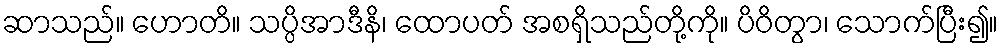
ဆာသည်။ ဟောတိ။ သပ္ပိအာဒီနိ၊ ထောပတ် အစရှိသည်တို့ကို။ ပိဝိတွာ၊ သောက်ပြီး၍။